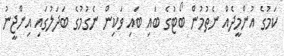
ކަމުގެ އުންމީދެއް ނެތުމުން ބޯޓުގެ ބައި ބައި ވަކިން ނެގުމުގެ ބަދަލުގައި އިންޖީނު